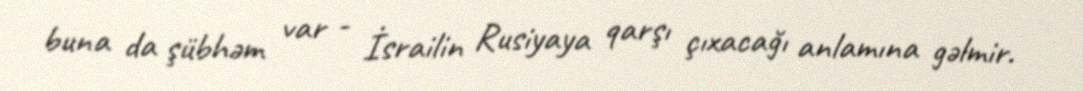
buna da şübhəm var - İsrailin Rusiyaya qarşı çıxacağı anlamına gəlmir.